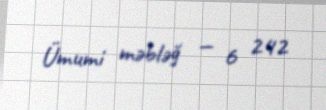
Ümumi məbləğ — 6 242